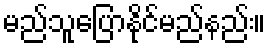
မည်သူပြောနိုင်မည်နည်း။